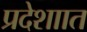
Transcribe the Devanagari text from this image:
प्रदेशाात